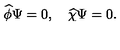
\widehat { \phi } \Psi = 0 , \quad \widehat { \chi } \Psi = 0 .